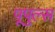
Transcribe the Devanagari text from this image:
पूपुल्स